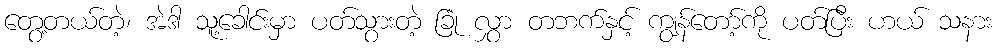
တွေ့တယ်တဲ့၊ အဲဒါ သူ့ခေါင်းမှာ ပတ်သွားတဲ့ ခြုံ လွှာ တဘက်နှင့် ကျွန်တော့်ကို ပတ်ပြီး ဟယ် သနား